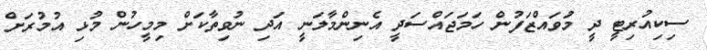
ސިކިއުރިޓީ ދީ މަުވައްޒަފުން ހަމަޖައްސަދީ އެނިންމާލަނީ އަދި ނުވިތާކަށް މިމީހުން މުޅި އުމުރަށް